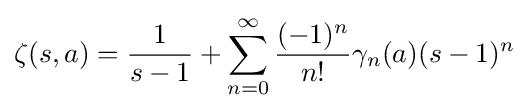
\zeta (s,a)={\frac {1}{s-1}}+\sum _{n=0}^{\infty }{\frac {(-1)^{n}}{n!}}\gamma _{n}(a)(s-1)^{n}